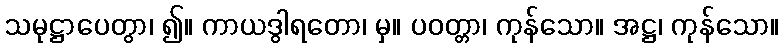
သမုဋ္ဌာပေတွာ၊ ၍။ ကာယဒွါရတော၊ မှ။ ပဝတ္တာ၊ ကုန်သော။ အဋ္ဌ၊ ကုန်သော။